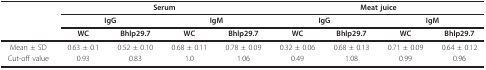
|  | <COLSPAN=4> Serum | <COLSPAN=4> Meat juice |
 |  | <COLSPAN=2> IgG | <COLSPAN=2> IgM | <COLSPAN=2> IgG | <COLSPAN=2> IgM |
 |  | WC | Bhlp29.7 | WC | Bhlp29.7 | WC | Bhlp29.7 | WC | Bhlp29.7 |
 | --- | --- | --- | --- | --- | --- | --- | --- | --- |
 | Mean ± SD | 0.63 ± 0.1 | 0.52 ± 0.10 | 0.68 ± 0.11 | 0.78 ± 0.09 | 0.32 ± 0.06 | 0.68 ± 0.13 | 0.71 ± 0.09 | 0.64 ± 0.12 |
 | Cut-off value | 0.93 | 0.83 | 1.0 | 1.06 | 0.49 | 1.08 | 0.99 | 0.96 |